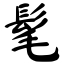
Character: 髦